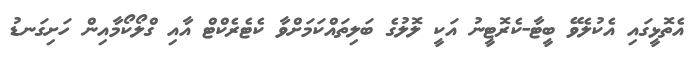
އެތޮޅީގައި އެކުލެވޭ ބީޓާ-ކެރޮޓީނު އަކީ ލޮލުގެ ބަލިތައްކަމަށްވާ ކެޓެރެކްޓް އާއި ގްލޯކޯމާއިން ހަށިގަނޑު